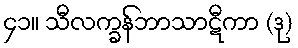
၄၁။ သီလက္ခန်ဘာသာဋီကာ (ဒု)